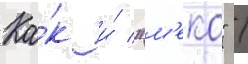
Ка́к и́ "м'еко" /